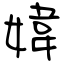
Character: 媁